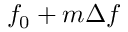
f _ { 0 } + m \Delta f